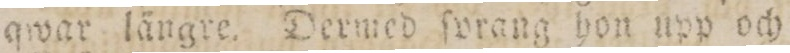
qwar längre. Dermed ſvrang hon upp och